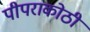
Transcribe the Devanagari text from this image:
पीपराकोठी